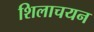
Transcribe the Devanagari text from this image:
शिलाचयन